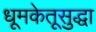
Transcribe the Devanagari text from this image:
धूमकेतूसुद्धा